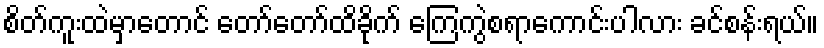
စိတ်ကူးထဲမှာတောင် တော်တော်ထိခိုက် ကြေကွဲစရာကောင်းပါလား ခင်စန်းရယ်။